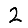
Digit: 2